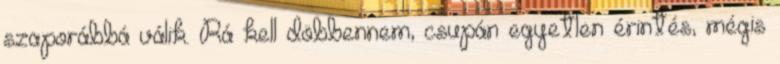
szaporábbá válik. Rá kell döbbennem, csupán egyetlen érintés, mégis